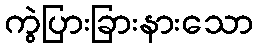
ကွဲပြားခြားနားသော